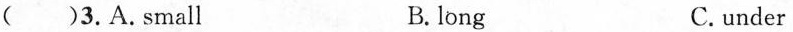
( )3.A.Small B.long C.under